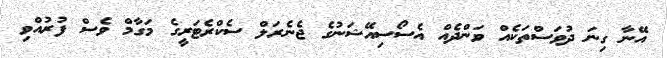
އޭނާ ގިނަ ދުވަސްތަކެއް ވަންދެއް އެސޯސިއޭޝަނުގެ ޖެނެރަލް ސެކްރެޓަރީގެ މަގާމް ވެސް ފުރުއްވި